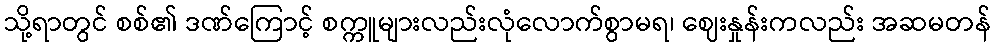
သို့ရာတွင် စစ်၏ ဒဏ်ကြောင့် စက္ကူများလည်းလုံလောက်စွာမရ၊ ဈေးနှုန်းကလည်း အဆမတန်